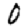
Digit: 0